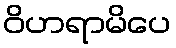
ဝိဟရာမိပေ